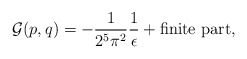
\begin{align*}{\cal G} (p,q) = -\frac{1}{2^5 \pi^2} \frac{1}{\epsilon} +\mbox{finite part},\end{align*}